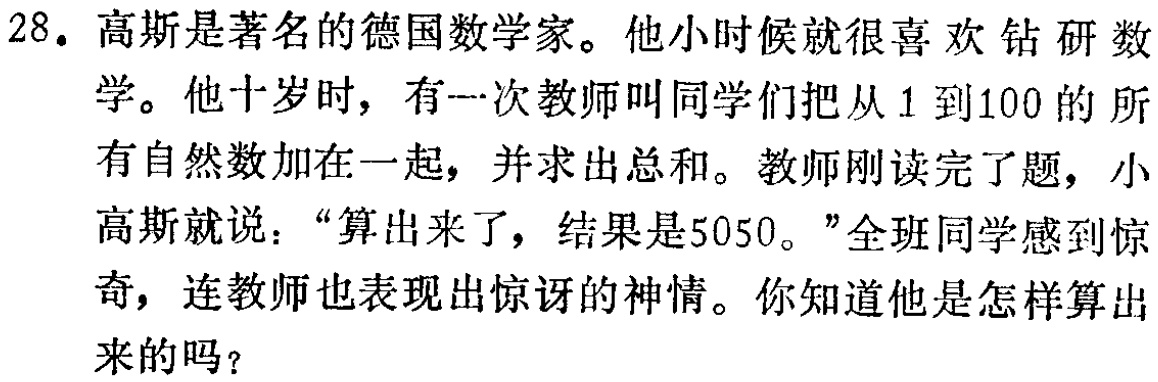
28. 高斯是著名的德国数学家。他小时候就很喜欢钻研数学。他十岁时，有一次教师叫同学们把从1到100的所有自然数加在一起，并求出总和。教师刚读完了题，小高斯就说：“算出来了，结果是5050。”全班同学感到惊奇，连教师也表现出惊讶的神情。你知道他是怎样算出来的吗？